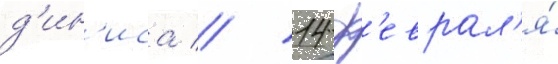
д'ин'иса // 14 ф'еврал'я́